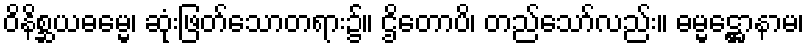
ဝိနိစ္ဆယဓမ္မေ၊ ဆုံးဖြတ်သောတရား၌။ ဌိတောပိ၊ တည်သော်လည်း။ ဓမ္မဋ္ဌောနာမ၊